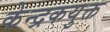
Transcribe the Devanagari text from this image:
केन्द्रकयुक्त